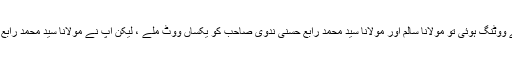
مولانا قاضی مجاہد الاسلام قاسمی علیہ الرحمۃ کی رحلت کے بعد صدارت کے لئے ووٹنگ ہوئی تو مولانا سالم اور مولانا سید محمد رابع حسنی ندوی صاحب کو یکساں ووٹ ملے ، لیکن آپ نے مولانا سید محمد رابع صاحب کے حق میں پلا وزنی کرکے انہیں بورڈ کا صدر بننے میں کردار ادا کیا ۔